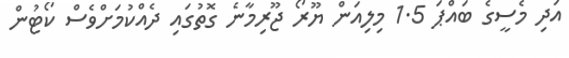
އަދި މެސީގެ ބައްޕަ 1.5 މިލިއަން ޔޫރޯ ޖޫރިމާނެ ގޮތުގައި ދެއްކުމަށްވެސް ކޯޓުން